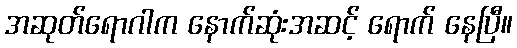
အဆုတ်ရောဂါက နောက်ဆုံးအဆင့် ရောက် နေပြီ။